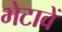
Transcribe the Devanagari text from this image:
भेटावें